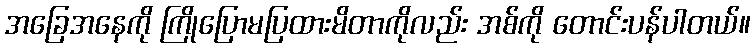
အခြေအနေကို ကြိုပြောမပြထားမိတာကိုလည်း အစ်ကို တောင်းပန်ပါတယ်။